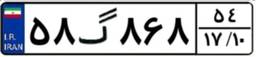
۵۸گ۸۶۸۵۴